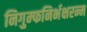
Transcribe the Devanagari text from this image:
निगुम्फनिर्भक्षरन्म